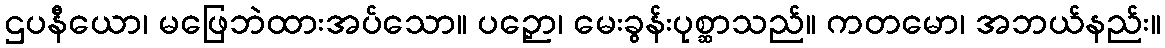
ဌပနီယော၊ မဖြေဘဲထားအပ်သော။ ပဉှော၊ မေးခွန်းပုစ္ဆာသည်။ ကတမော၊ အဘယ်နည်း။